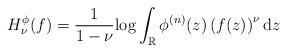
LaTeX: \begin{align*}H^{\phi}_{\nu}(f) = \frac{1}{1-\nu} {\rm log} \int_{\mathbb{R}} \phi^{(n)}(z) \left( f(z) \right)^{\nu}{\rm d}z\end{align*}